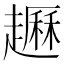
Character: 𧽺